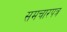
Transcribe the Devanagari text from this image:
समचारपत्र